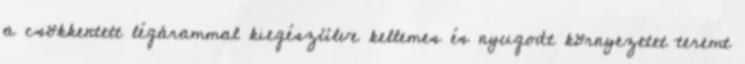
a csökkentett légárammal kiegészülve kellemes és nyugodt környezetet teremt